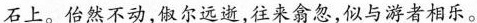
石上。怡然不动，俶尔远逝，往来翕忽，似与游者相乐。